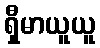
ရှီမာယူယူ